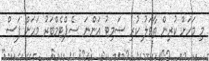
މި މަހަށް ކުރިން ތާވަލު ކުރި ސަމިޓު އަންނަ ސެޕްޓެމްބަރު މަހަށް ފަސް